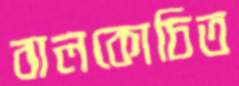
বালকোচিত